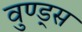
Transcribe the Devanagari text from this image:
वुण्ड्स